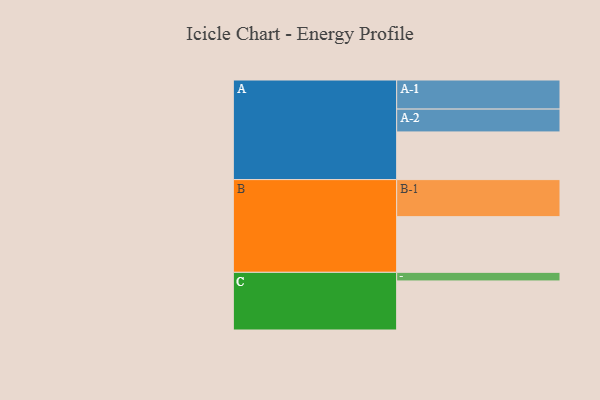
{"axis": {"x": "Segment", "y": "Value"}, "legend": ["", "A", "B", "C"], "data": [{"x": "A", "y": 382, "type": ""}, {"x": "B", "y": 446, "type": ""}, {"x": "C", "y": 393, "type": ""}, {"x": "A-1", "y": 233, "type": "A"}, {"x": "A-2", "y": 183, "type": "A"}, {"x": "B-1", "y": 297, "type": "B"}, {"x": "C-1", "y": 69, "type": "C"}]}